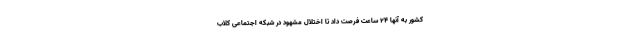
کشور به آنها ۲۴ ساعت فرصت داد تا اختلال مشهود در شبکه اجتماعی کلاب